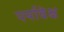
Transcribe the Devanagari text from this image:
पर्यावेक्ष